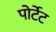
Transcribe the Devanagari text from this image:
पोर्टेट